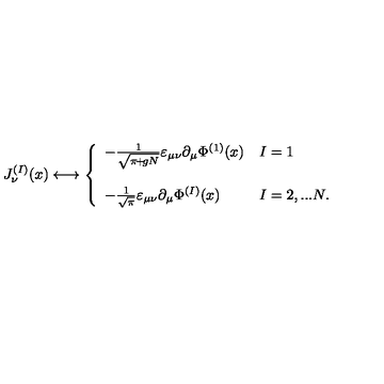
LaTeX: J _ { \nu } ^ { ( I ) } ( x ) \longleftrightarrow \left\{ \begin{array} { l l } { - \frac { 1 } { \sqrt { \pi \! + \! g N } } \varepsilon _ { \mu \nu } \partial _ { \mu } \Phi ^ { ( 1 ) } ( x ) } & { I = 1 } \\ { } & { } \\ { - \frac { 1 } { \sqrt { \pi } } \varepsilon _ { \mu \nu } \partial _ { \mu } \Phi ^ { ( I ) } ( x ) } & { I = 2 , . . . N . } \\ \end{array} \right.